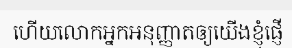
ហើយលោកអ្នកអនុញ្ញាតឲ្យយើងខ្ញុំផ្ញើ